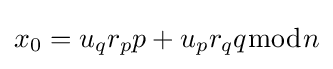
x_{0}=u_{q}r_{p}p+u_{p}r_{q}q{\bmod {n}}